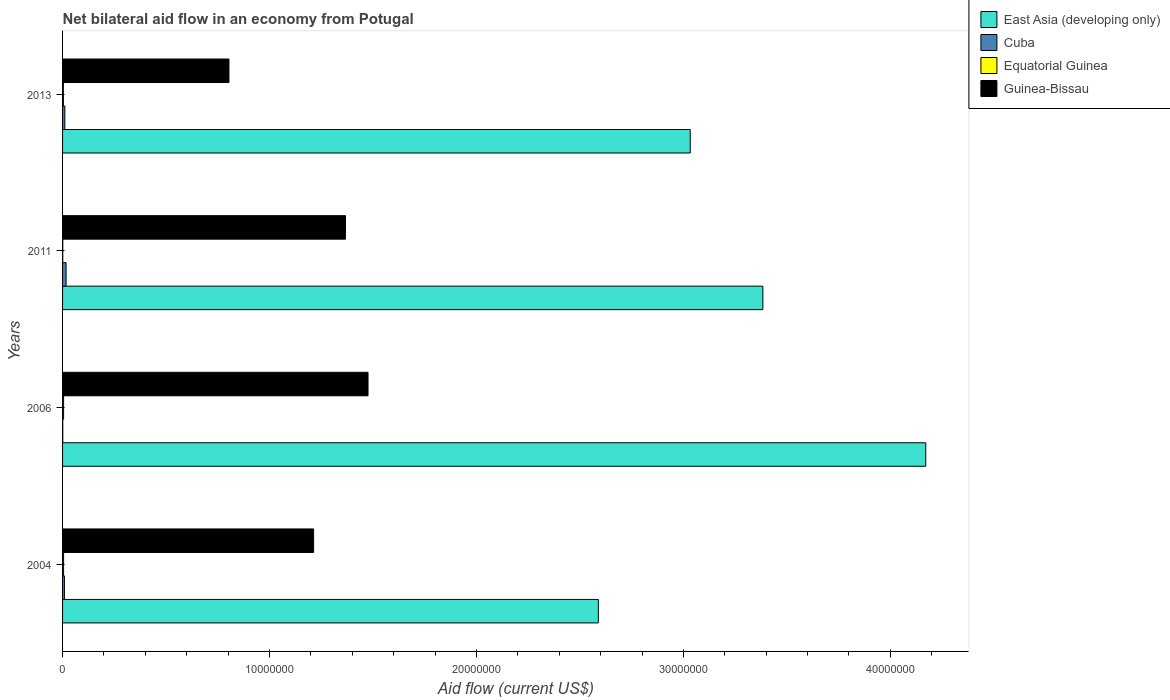
| Years | East Asia (developing only) | Cuba | Equatorial Guinea | Guinea-Bissau |
 | --- | --- | --- | --- | --- |
 | 2004 | 2.59e+07 | 9e+04 | 5e+04 | 1.21e+07 |
 | 2006 | 4.17e+07 | 1e+04 | 5e+04 | 1.48e+07 |
 | 2011 | 3.38e+07 | 1.7e+05 | 1e+04 | 1.37e+07 |
 | 2013 | 3.03e+07 | 1.1e+05 | 4e+04 | 8.04e+06 |